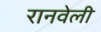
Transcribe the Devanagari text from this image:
रानवेली